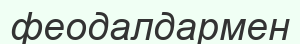
феодалдармен